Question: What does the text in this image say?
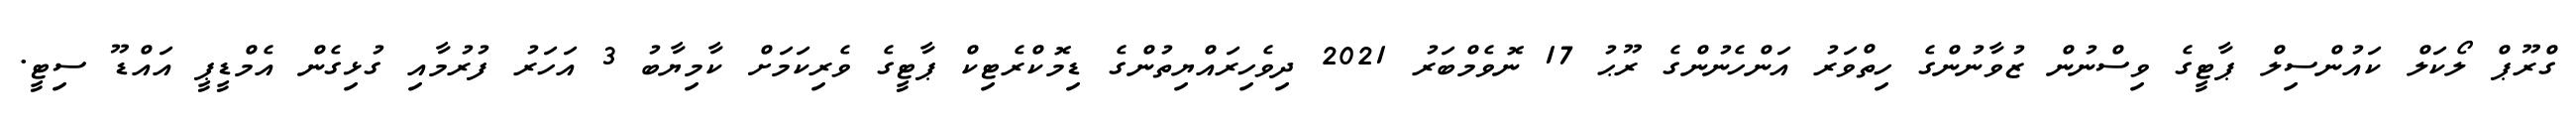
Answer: ގްރޫޕް ލޯކަލް ކައުންސިލް ޕާޓީގެ ވިސްނުން ޒުވާނުންގެ ހިތްވަރު އަންހެނުންގެ ރޫޙު 17 ނޮވެމްބަރު 2021 ދިވެހިރައްޔިތުންގެ ޑިމޮކްރެޓިކް ޕާޓީގެ ވެރިކަމަށް ކާމިޔާބު 3 އަހަރު ފުރުމާއި ގުޅިގެން އެމްޑީޕީ އައްޑޫ ސިޓީ.